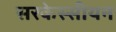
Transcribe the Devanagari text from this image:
सरकेस्सीयन